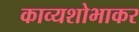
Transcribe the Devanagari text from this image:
काव्यशोभाकर